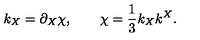
k _ { X } = \partial _ { X } \chi , \qquad \chi = \frac 1 3 k _ { X } k ^ { X } .